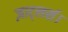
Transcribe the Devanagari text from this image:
ज़ाट्लर्स।